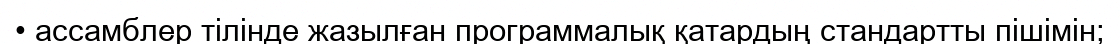
• ассамблер тілінде жазылған программалық қатардың стандартты пішімін;